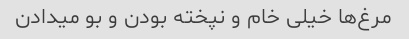
مرغ‌ها خیلی خام و نپخته بودن و بو میدادن